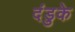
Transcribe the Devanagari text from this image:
दंडुके